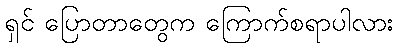
ရှင် ပြောတာတွေက ကြောက်စရာပါလား